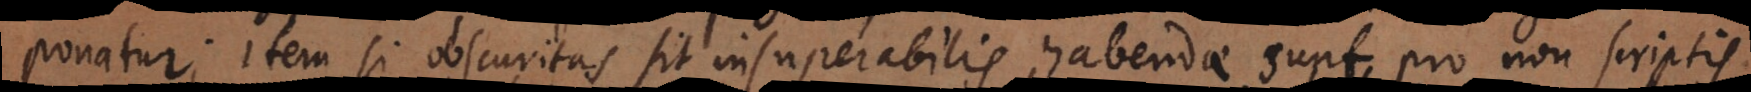
ponatur; item si obscuritas sit insuperabilis, habendae sunt pro non scriptis